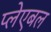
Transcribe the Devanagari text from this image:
प्लेएबल